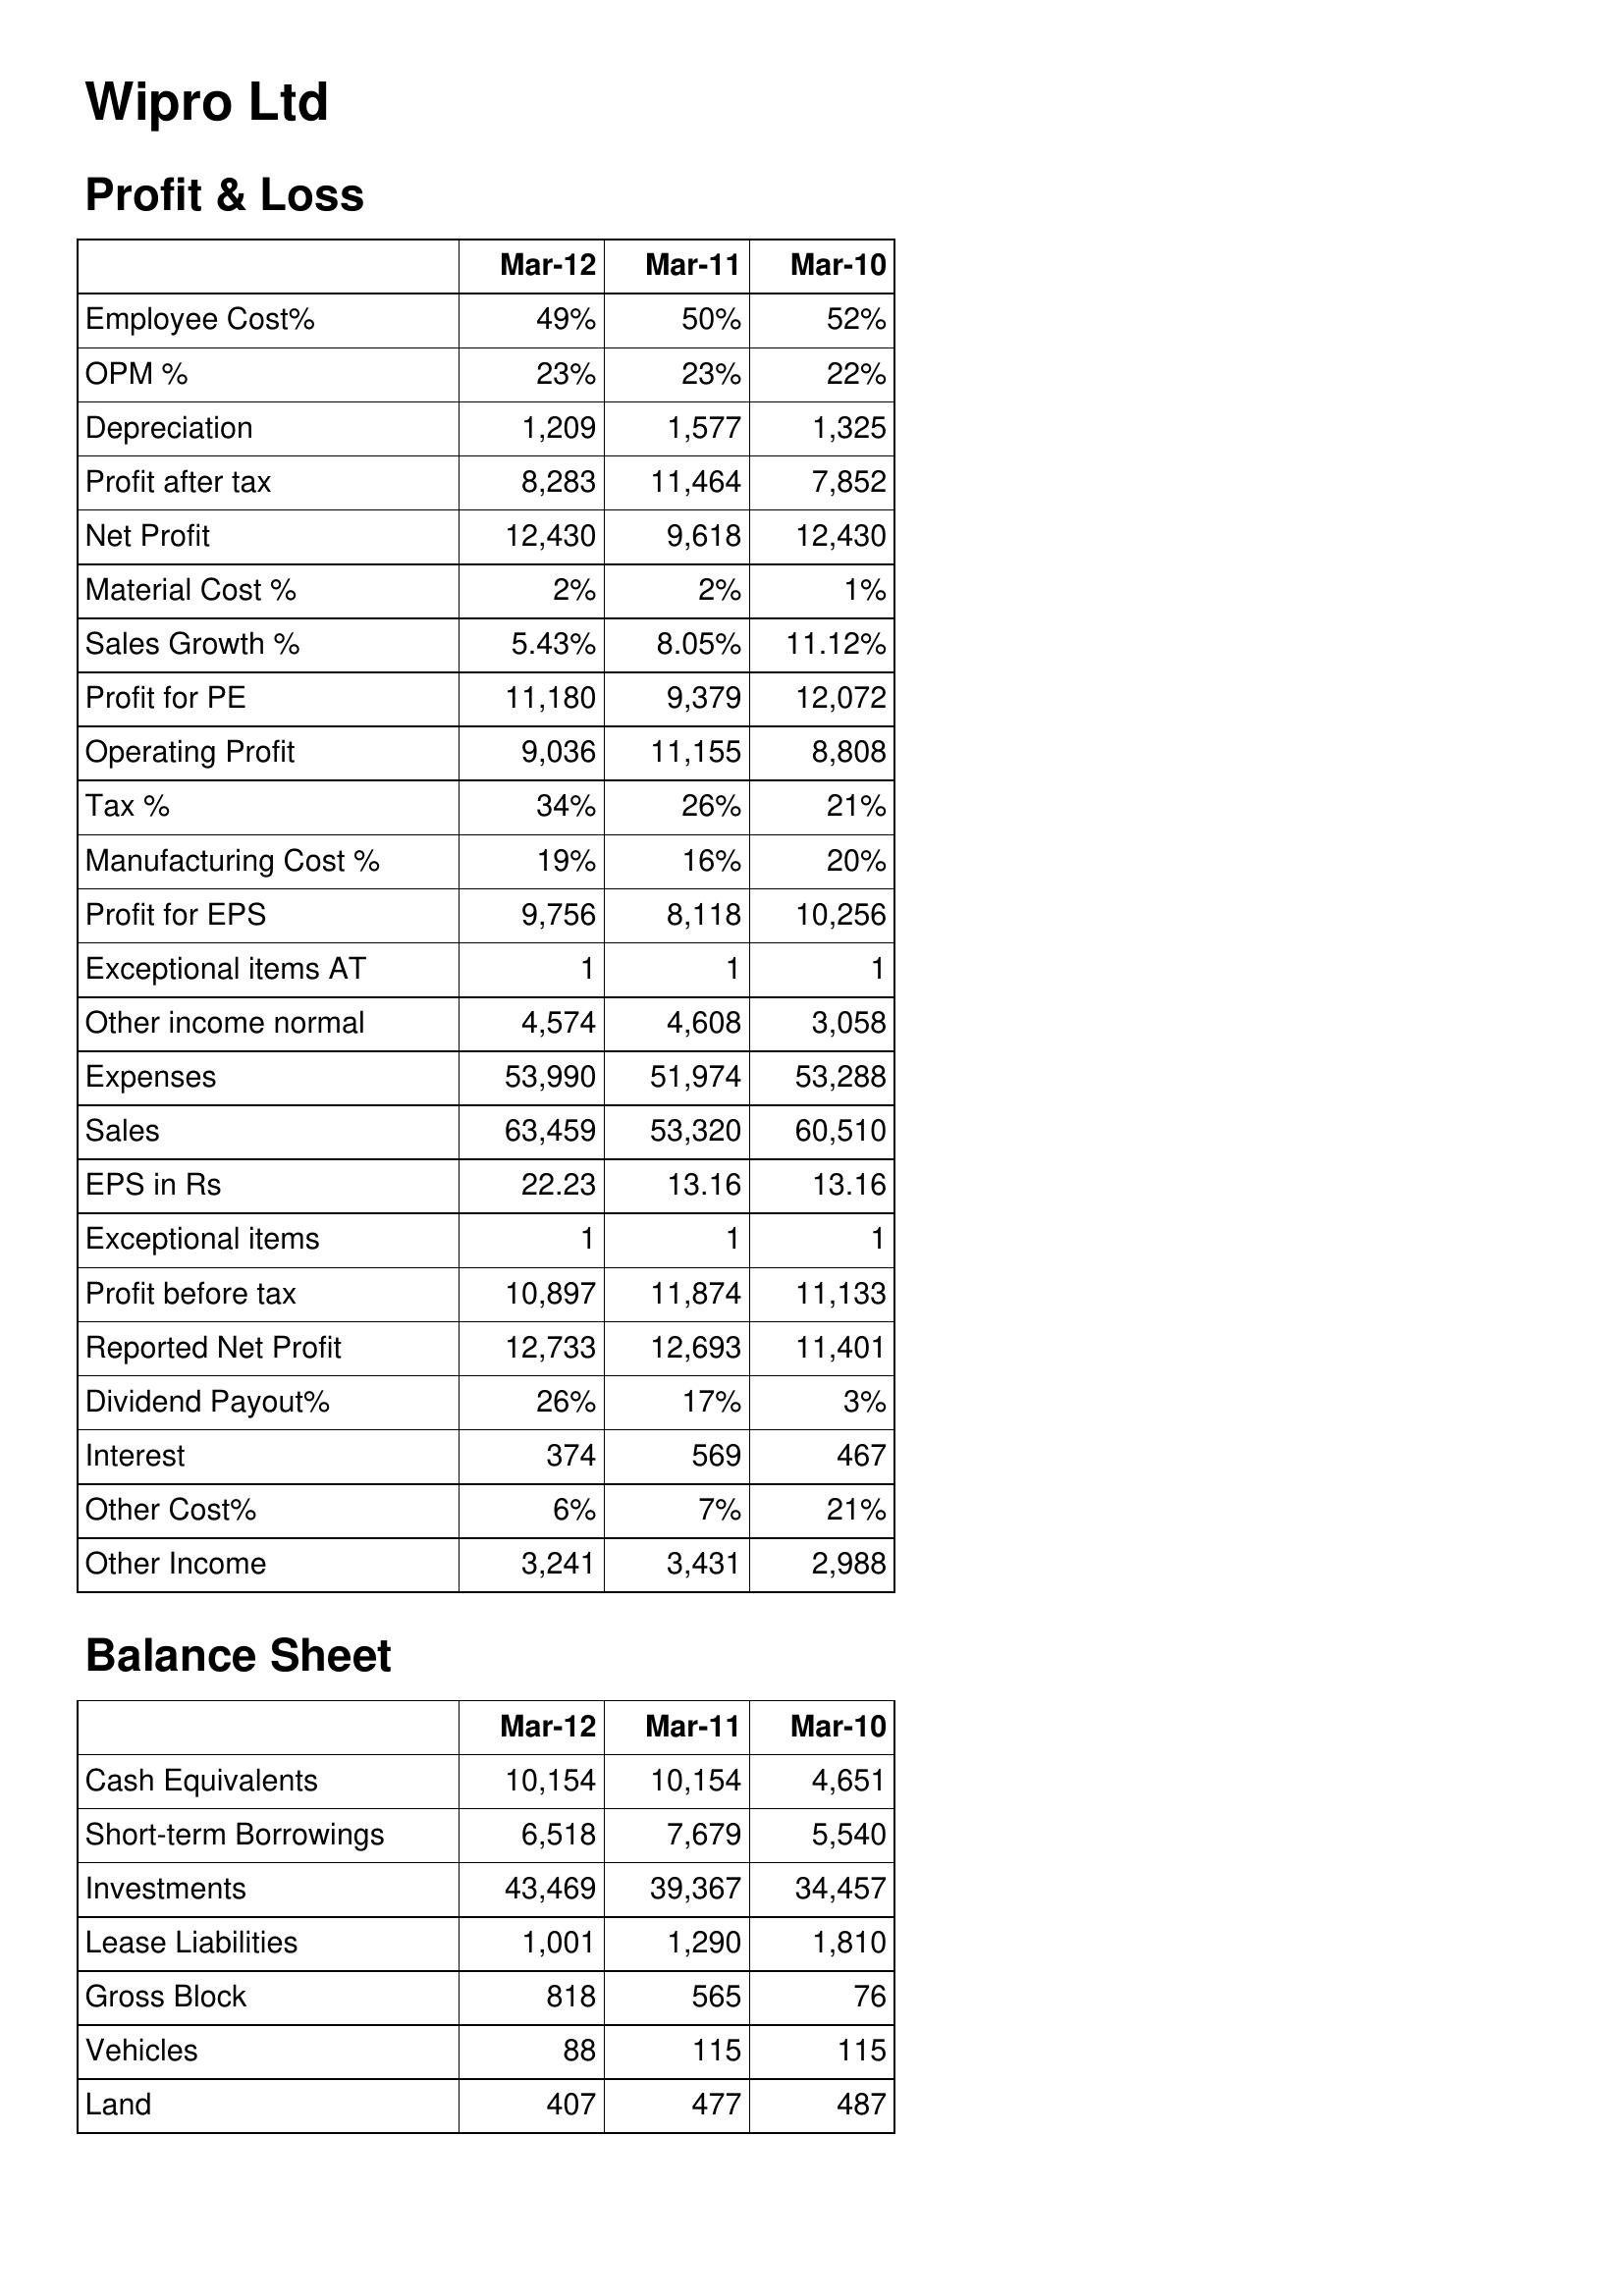
Mar-12: Profit & Loss: Employee Cost%: 49%
OPM %: 23%
Depreciation: 1,209
Profit after tax: 8,283
Net Profit: 12,430
Material Cost %: 2%
Sales Growth %: 5.43%
Profit for PE: 11,180
Operating Profit: 9,036
Tax %: 34%
Manufacturing Cost %: 19%
Profit for EPS: 9,756
Exceptional items AT: 1
Other income normal: 4,574
Expenses: 53,990
Sales: 63,459
EPS in Rs: 22.23
Exceptional items: 1
Profit before tax: 10,897
Reported Net Profit: 12,733
Dividend Payout%: 26%
Interest: 374
Other Cost%: 6%
Other Income: 3,241
Balance Sheet: Cash Equivalents: 10,154
Short-term Borrowings: 6,518
Investments: 43,469
Lease Liabilities: 1,001
Gross Block: 818
Vehicles: 88
Land: 407
Mar-11: Profit & Loss: Employee Cost%: 50%
OPM %: 23%
Depreciation: 1,577
Profit after tax: 11,464
Net Profit: 9,618
Material Cost %: 2%
Sales Growth %: 8.05%
Profit for PE: 9,379
Operating Profit: 11,155
Tax %: 26%
Manufacturing Cost %: 16%
Profit for EPS: 8,118
Exceptional items AT: 1
Other income normal: 4,608
Expenses: 51,974
Sales: 53,320
EPS in Rs: 13.16
Exceptional items: 1
Profit before tax: 11,874
Reported Net Profit: 12,693
Dividend Payout%: 17%
Interest: 569
Other Cost%: 7%
Other Income: 3,431
Balance Sheet: Cash Equivalents: 10,154
Short-term Borrowings: 7,679
Investments: 39,367
Lease Liabilities: 1,290
Gross Block: 565
Vehicles: 115
Land: 477
Mar-10: Profit & Loss: Employee Cost%: 52%
OPM %: 22%
Depreciation: 1,325
Profit after tax: 7,852
Net Profit: 12,430
Material Cost %: 1%
Sales Growth %: 11.12%
Profit for PE: 12,072
Operating Profit: 8,808
Tax %: 21%
Manufacturing Cost %: 20%
Profit for EPS: 10,256
Exceptional items AT: 1
Other income normal: 3,058
Expenses: 53,288
Sales: 60,510
EPS in Rs: 13.16
Exceptional items: 1
Profit before tax: 11,133
Reported Net Profit: 11,401
Dividend Payout%: 3%
Interest: 467
Other Cost%: 21%
Other Income: 2,988
Balance Sheet: Cash Equivalents: 4,651
Short-term Borrowings: 5,540
Investments: 34,457
Lease Liabilities: 1,810
Gross Block: 76
Vehicles: 115
Land: 487